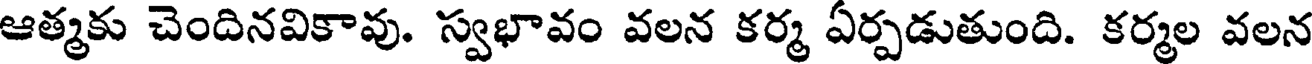
ఆత్మకు చెందినవికావు. స్వభావం వలన కర్మ ఏర్పడుతుంది. కర్మల వలన